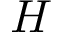
H